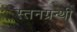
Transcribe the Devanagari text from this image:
स्तनग्रन्थी